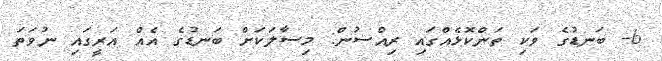
6- ބަނޑުގެ ވަކި ތަންކޮޅެއްގައި ރިއްސުން: މިސާލަކަށް ބަނޑުގެ އެއް އަރީގައި ނުވަތަ